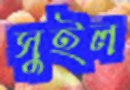
সুইল